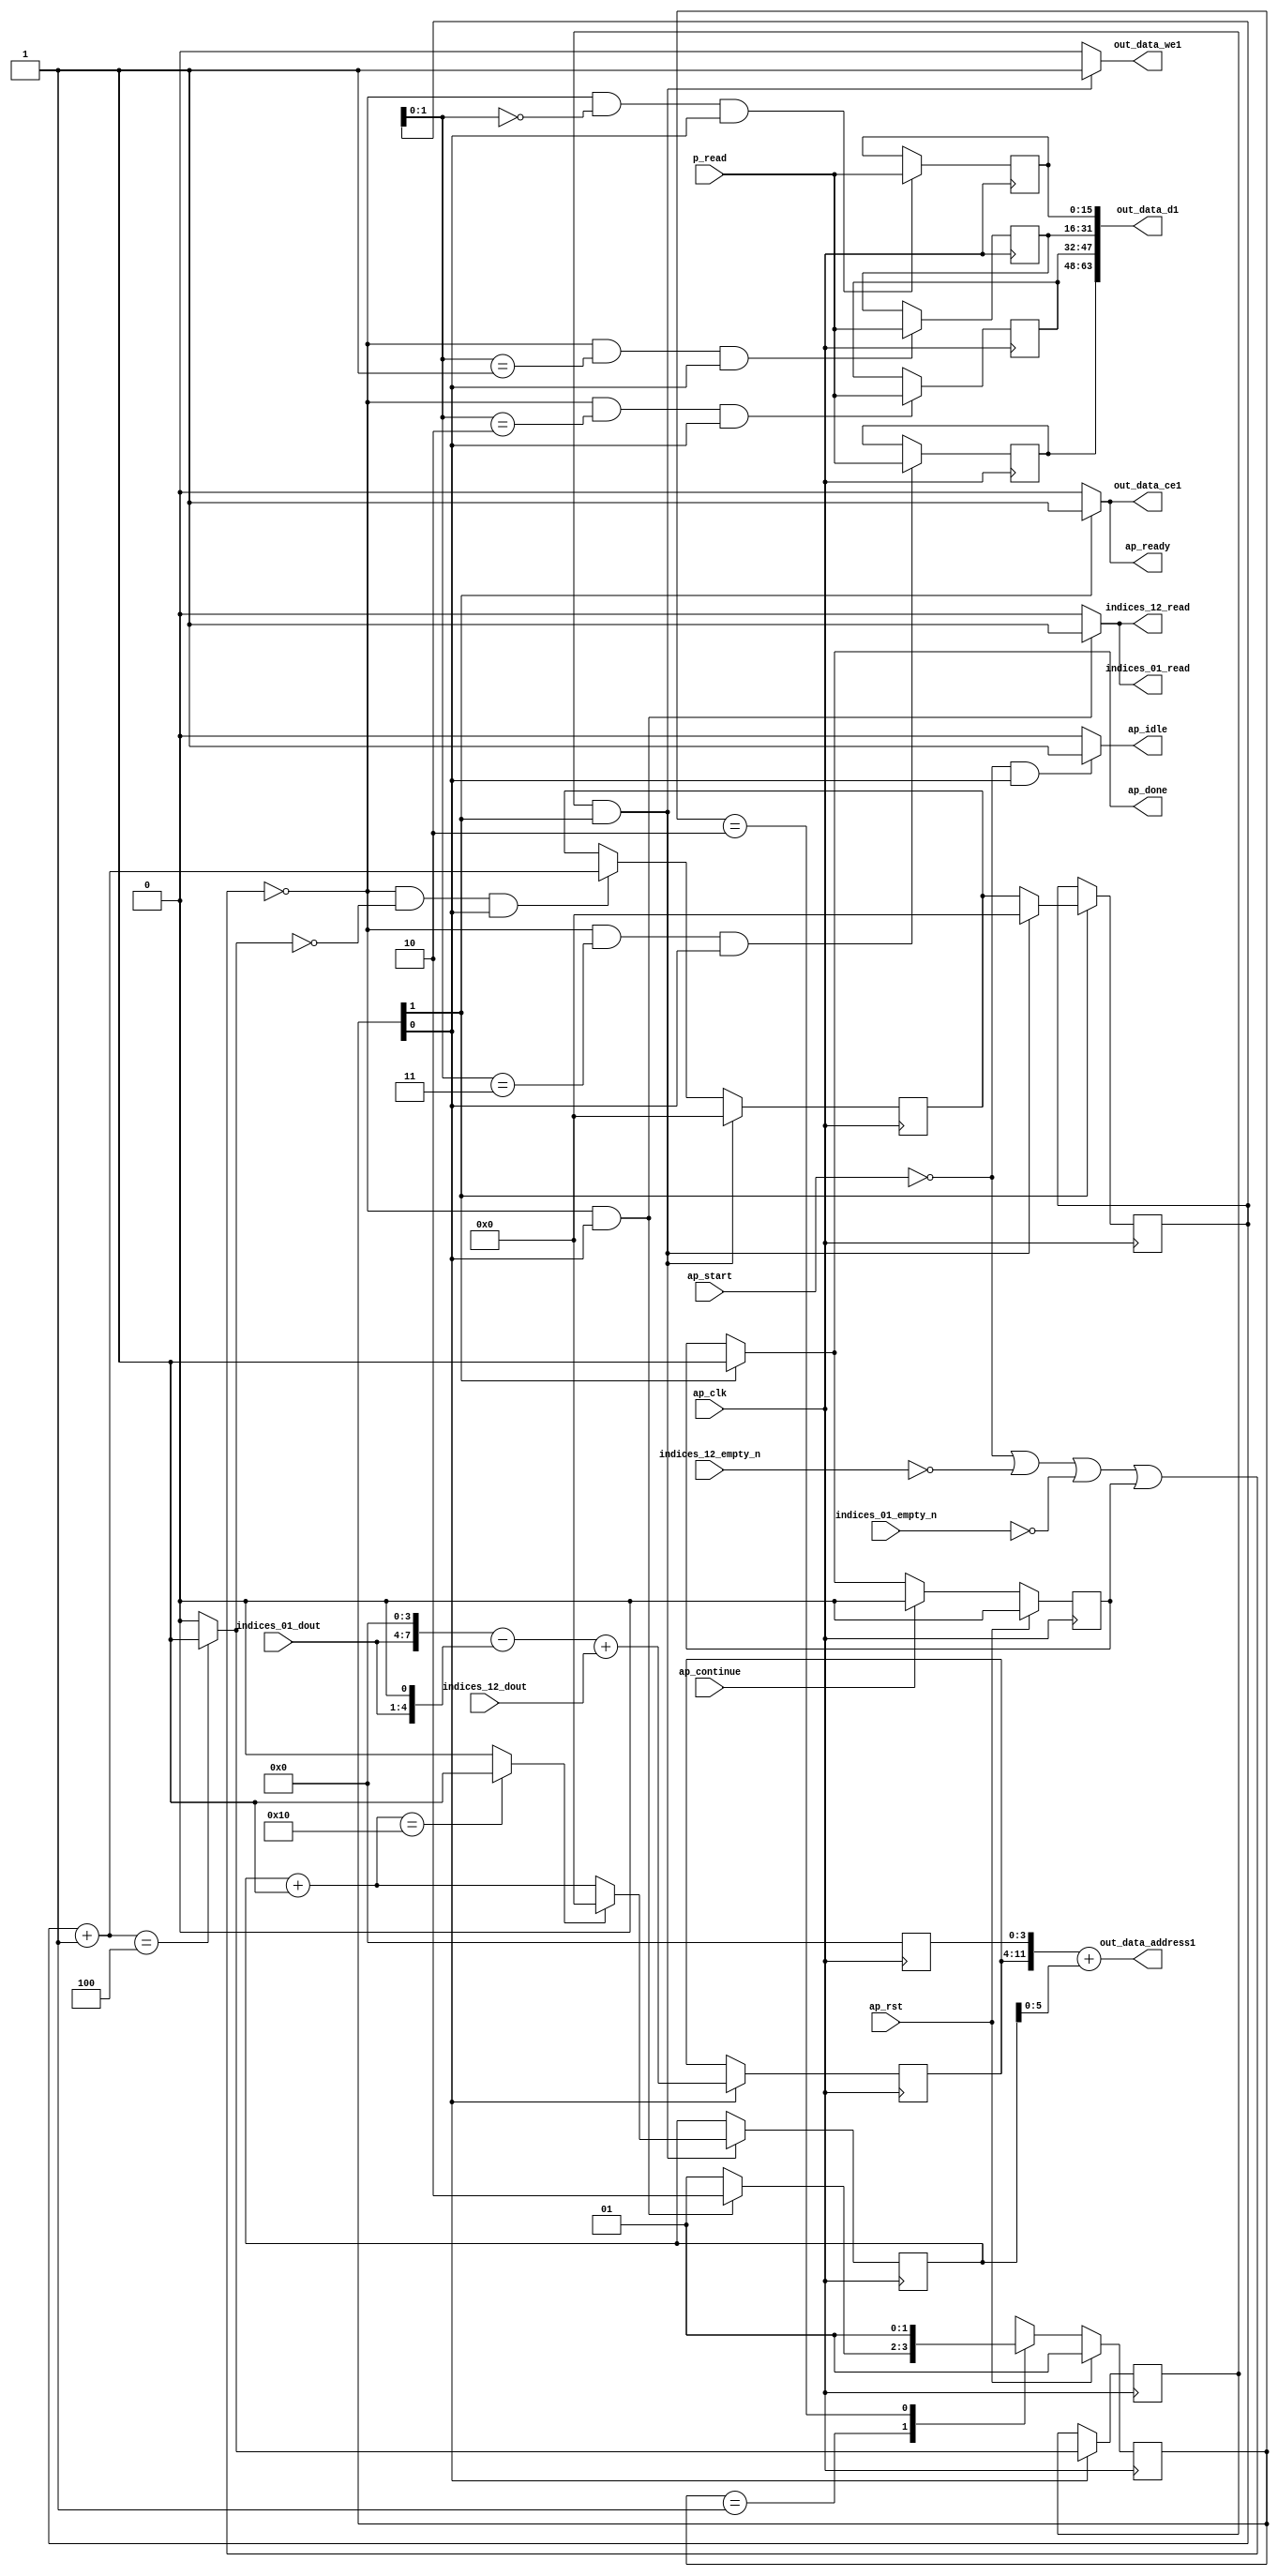
`define EXPONENT 5
`define MANTISSA 10
`define ACTUAL_MANTISSA 11
`define EXPONENT_LSB 10
`define EXPONENT_MSB 14
`define MANTISSA_LSB 0
`define MANTISSA_MSB 9
`define MANTISSA_MUL_SPLIT_LSB 3
`define MANTISSA_MUL_SPLIT_MSB 9
`define SIGN 1
`define SIGN_LOC 15
`define DWIDTH (`SIGN+`EXPONENT+`MANTISSA)
`define IEEE_COMPLIANCE 1

module td_fused_top_tdf9_writeOutputs_unaligned (
        ap_clk,
        ap_rst,
        ap_start,
        ap_done,
        ap_continue,
        ap_idle,
        ap_ready,
        indices_01_dout,
        indices_01_empty_n,
        indices_01_read,
        indices_12_dout,
        indices_12_empty_n,
        indices_12_read,
        p_read,
        out_data_address1,
        out_data_ce1,
        out_data_we1,
        out_data_d1
);

parameter    ap_ST_fsm_state1 = 2'd1;
parameter    ap_ST_fsm_state2 = 2'd2;

input   ap_clk;
input   ap_rst;
input   ap_start;
output   ap_done;
input   ap_continue;
output   ap_idle;
output   ap_ready;
input  [3:0] indices_01_dout;
input   indices_01_empty_n;
output   indices_01_read;
input  [7:0] indices_12_dout;
input   indices_12_empty_n;
output   indices_12_read;
input  [15:0] p_read;
output  [11:0] out_data_address1;
output   out_data_ce1;
output   out_data_we1;
output  [63:0] out_data_d1;

reg ap_done;
reg ap_idle;
reg ap_ready;
reg indices_01_read;
reg indices_12_read;
reg out_data_ce1;
reg out_data_we1;

reg    ap_done_reg;
  reg   [1:0] ap_CS_fsm;
wire    ap_CS_fsm_state1;
reg   [15:0] outputCount;
reg   [15:0] outputChanIdx;
reg   [15:0] outputRow_0;
reg   [15:0] outputRow_1;
reg   [15:0] outputRow_2;
reg   [15:0] outputRow;
reg    indices_01_blk_n;
reg    indices_12_blk_n;
wire   [11:0] tmp_3_cast_fu_153_p3;
reg   [11:0] tmp_3_cast_reg_304;
wire   [15:0] add_ln87_fu_193_p2;
wire   [0:0] icmp_ln88_fu_199_p2;
reg   [0:0] icmp_ln88_reg_317;
reg   [15:0] ap_phi_mux_empty_phi_fu_114_p4;
reg   [15:0] empty_reg_111;
reg    ap_block_state1;
wire    ap_CS_fsm_state2;
wire   [63:0] zext_ln94_2_fu_226_p1;
wire   [15:0] select_ln97_fu_284_p3;
wire   [1:0] trunc_ln86_fu_165_p1;
wire   [4:0] tmp_1_fu_129_p3;
wire   [7:0] tmp_fu_121_p3;
wire   [7:0] zext_ln94_fu_137_p1;
wire   [7:0] sub_ln94_fu_141_p2;
wire   [7:0] add_ln94_fu_147_p2;
wire   [5:0] trunc_ln94_fu_213_p1;
wire   [11:0] zext_ln94_1_fu_217_p1;
wire   [11:0] add_ln94_1_fu_221_p2;
wire   [15:0] bitcast_ln94_3_fu_255_p1;
wire   [15:0] bitcast_ln94_2_fu_247_p1;
wire   [15:0] bitcast_ln94_1_fu_239_p1;
wire   [15:0] bitcast_ln94_fu_231_p1;
wire   [15:0] add_ln96_fu_272_p2;
wire   [0:0] icmp_ln97_fu_278_p2;
reg   [1:0] ap_NS_fsm;
wire    ap_ce_reg;

// power-on initialization
initial begin
#0 ap_done_reg = 1'b0;
#0 ap_CS_fsm = 2'd1;
#0 outputCount = 16'd0;
#0 outputChanIdx = 16'd0;
#0 outputRow_0 = 16'd0;
#0 outputRow_1 = 16'd0;
#0 outputRow_2 = 16'd0;
#0 outputRow = 16'd0;
end

always @ (posedge ap_clk) begin
    if (ap_rst == 1'b1) begin
        ap_CS_fsm <= ap_ST_fsm_state1;
    end else begin
        ap_CS_fsm <= ap_NS_fsm;
    end
end

always @ (posedge ap_clk) begin
    if (ap_rst == 1'b1) begin
        ap_done_reg <= 1'b0;
    end else begin
        if ((ap_continue == 1'b1)) begin
            ap_done_reg <= 1'b0;
        end else if ((1'b1 == ap_CS_fsm_state2)) begin
            ap_done_reg <= 1'b1;
        end
    end
end

always @ (posedge ap_clk) begin
    if (((icmp_ln88_reg_317 == 1'd1) & (1'b1 == ap_CS_fsm_state2))) begin
        empty_reg_111 <= 16'd0;
    end else if ((~((ap_start == 1'b0) | (indices_12_empty_n == 1'b0) | (indices_01_empty_n == 1'b0) | (ap_done_reg == 1'b1)) & (icmp_ln88_fu_199_p2 == 1'd0) & (1'b1 == ap_CS_fsm_state1))) begin
        empty_reg_111 <= add_ln87_fu_193_p2;
    end
end

always @ (posedge ap_clk) begin
    if ((1'b1 == ap_CS_fsm_state1)) begin
        icmp_ln88_reg_317 <= icmp_ln88_fu_199_p2;
        tmp_3_cast_reg_304[11 : 4] <= tmp_3_cast_fu_153_p3[11 : 4];
    end
end

always @ (posedge ap_clk) begin
    if (((icmp_ln88_reg_317 == 1'd1) & (1'b1 == ap_CS_fsm_state2))) begin
        outputChanIdx <= select_ln97_fu_284_p3;
    end
end

always @ (posedge ap_clk) begin
    if ((1'b1 == ap_CS_fsm_state2)) begin
        outputCount <= ap_phi_mux_empty_phi_fu_114_p4;
    end
end

always @ (posedge ap_clk) begin
    if ((~((ap_start == 1'b0) | (indices_12_empty_n == 1'b0) | (indices_01_empty_n == 1'b0) | (ap_done_reg == 1'b1)) & (trunc_ln86_fu_165_p1 == 2'd3) & (1'b1 == ap_CS_fsm_state1))) begin
        outputRow <= p_read;
    end
end

always @ (posedge ap_clk) begin
    if ((~((ap_start == 1'b0) | (indices_12_empty_n == 1'b0) | (indices_01_empty_n == 1'b0) | (ap_done_reg == 1'b1)) & (trunc_ln86_fu_165_p1 == 2'd0) & (1'b1 == ap_CS_fsm_state1))) begin
        outputRow_0 <= p_read;
    end
end

always @ (posedge ap_clk) begin
    if ((~((ap_start == 1'b0) | (indices_12_empty_n == 1'b0) | (indices_01_empty_n == 1'b0) | (ap_done_reg == 1'b1)) & (trunc_ln86_fu_165_p1 == 2'd1) & (1'b1 == ap_CS_fsm_state1))) begin
        outputRow_1 <= p_read;
    end
end

always @ (posedge ap_clk) begin
    if ((~((ap_start == 1'b0) | (indices_12_empty_n == 1'b0) | (indices_01_empty_n == 1'b0) | (ap_done_reg == 1'b1)) & (trunc_ln86_fu_165_p1 == 2'd2) & (1'b1 == ap_CS_fsm_state1))) begin
        outputRow_2 <= p_read;
    end
end

always @ (*) begin
    if ((1'b1 == ap_CS_fsm_state2)) begin
        ap_done = 1'b1;
    end else begin
        ap_done = ap_done_reg;
    end
end

always @ (*) begin
    if (((ap_start == 1'b0) & (1'b1 == ap_CS_fsm_state1))) begin
        ap_idle = 1'b1;
    end else begin
        ap_idle = 1'b0;
    end
end

always @ (*) begin
    if (((icmp_ln88_reg_317 == 1'd1) & (1'b1 == ap_CS_fsm_state2))) begin
        ap_phi_mux_empty_phi_fu_114_p4 = 16'd0;
    end else begin
        ap_phi_mux_empty_phi_fu_114_p4 = empty_reg_111;
    end
end

always @ (*) begin
    if ((1'b1 == ap_CS_fsm_state2)) begin
        ap_ready = 1'b1;
    end else begin
        ap_ready = 1'b0;
    end
end

always @ (*) begin
    if ((~((ap_start == 1'b0) | (ap_done_reg == 1'b1)) & (1'b1 == ap_CS_fsm_state1))) begin
        indices_01_blk_n = indices_01_empty_n;
    end else begin
        indices_01_blk_n = 1'b1;
    end
end

always @ (*) begin
    if ((~((ap_start == 1'b0) | (indices_12_empty_n == 1'b0) | (indices_01_empty_n == 1'b0) | (ap_done_reg == 1'b1)) & (1'b1 == ap_CS_fsm_state1))) begin
        indices_01_read = 1'b1;
    end else begin
        indices_01_read = 1'b0;
    end
end

always @ (*) begin
    if ((~((ap_start == 1'b0) | (ap_done_reg == 1'b1)) & (1'b1 == ap_CS_fsm_state1))) begin
        indices_12_blk_n = indices_12_empty_n;
    end else begin
        indices_12_blk_n = 1'b1;
    end
end

always @ (*) begin
    if ((~((ap_start == 1'b0) | (indices_12_empty_n == 1'b0) | (indices_01_empty_n == 1'b0) | (ap_done_reg == 1'b1)) & (1'b1 == ap_CS_fsm_state1))) begin
        indices_12_read = 1'b1;
    end else begin
        indices_12_read = 1'b0;
    end
end

always @ (*) begin
    if ((1'b1 == ap_CS_fsm_state2)) begin
        out_data_ce1 = 1'b1;
    end else begin
        out_data_ce1 = 1'b0;
    end
end

always @ (*) begin
    if (((icmp_ln88_reg_317 == 1'd1) & (1'b1 == ap_CS_fsm_state2))) begin
        out_data_we1 = 1'b1;
    end else begin
        out_data_we1 = 1'b0;
    end
end

always @ (*) begin
    case (ap_CS_fsm)
        ap_ST_fsm_state1 : begin
            if ((~((ap_start == 1'b0) | (indices_12_empty_n == 1'b0) | (indices_01_empty_n == 1'b0) | (ap_done_reg == 1'b1)) & (1'b1 == ap_CS_fsm_state1))) begin
                ap_NS_fsm = ap_ST_fsm_state2;
            end else begin
                ap_NS_fsm = ap_ST_fsm_state1;
            end
        end
        ap_ST_fsm_state2 : begin
            ap_NS_fsm = ap_ST_fsm_state1;
        end
        default : begin
            ap_NS_fsm = 'bx;
        end
    endcase
end

assign add_ln87_fu_193_p2 = (outputCount + 16'd1);

assign add_ln94_1_fu_221_p2 = (tmp_3_cast_reg_304 + zext_ln94_1_fu_217_p1);

assign add_ln94_fu_147_p2 = (sub_ln94_fu_141_p2 + indices_12_dout);

assign add_ln96_fu_272_p2 = (outputChanIdx + 16'd1);

assign ap_CS_fsm_state1 = ap_CS_fsm[32'd0];

assign ap_CS_fsm_state2 = ap_CS_fsm[32'd1];

always @ (*) begin
    ap_block_state1 = ((ap_start == 1'b0) | (indices_12_empty_n == 1'b0) | (indices_01_empty_n == 1'b0) | (ap_done_reg == 1'b1));
end

assign bitcast_ln94_1_fu_239_p1 = outputRow_1;

assign bitcast_ln94_2_fu_247_p1 = outputRow_2;

assign bitcast_ln94_3_fu_255_p1 = outputRow;

assign bitcast_ln94_fu_231_p1 = outputRow_0;

assign icmp_ln88_fu_199_p2 = ((add_ln87_fu_193_p2 == 16'd4) ? 1'b1 : 1'b0);

assign icmp_ln97_fu_278_p2 = ((add_ln96_fu_272_p2 == 16'd16) ? 1'b1 : 1'b0);

assign out_data_address1 = zext_ln94_2_fu_226_p1;

assign out_data_d1 = {{{{bitcast_ln94_3_fu_255_p1}, {bitcast_ln94_2_fu_247_p1}}, {bitcast_ln94_1_fu_239_p1}}, {bitcast_ln94_fu_231_p1}};

assign select_ln97_fu_284_p3 = ((icmp_ln97_fu_278_p2[0:0] == 1'b1) ? 16'd0 : add_ln96_fu_272_p2);

assign sub_ln94_fu_141_p2 = (tmp_fu_121_p3 - zext_ln94_fu_137_p1);

assign tmp_1_fu_129_p3 = {{indices_01_dout}, {1'd0}};

assign tmp_3_cast_fu_153_p3 = {{add_ln94_fu_147_p2}, {4'd0}};

assign tmp_fu_121_p3 = {{indices_01_dout}, {4'd0}};

assign trunc_ln86_fu_165_p1 = outputCount[1:0];

assign trunc_ln94_fu_213_p1 = outputChanIdx[5:0];

assign zext_ln94_1_fu_217_p1 = trunc_ln94_fu_213_p1;

assign zext_ln94_2_fu_226_p1 = add_ln94_1_fu_221_p2;

assign zext_ln94_fu_137_p1 = tmp_1_fu_129_p3;

always @ (posedge ap_clk) begin
    tmp_3_cast_reg_304[3:0] <= 4'b0000;
end

endmodule //td_fused_top_tdf9_writeOutputs_unaligned